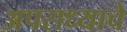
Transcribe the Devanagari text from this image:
अपराध्याचे